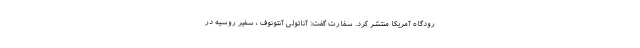
رودگاه آمریکا منتشر کرد. سفارت گفت: آناتولی آنتونوف ، سفیر روسیه در